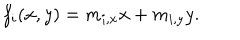
f _ { i } ( x , y ) = m _ { i , x } x + m _ { i , y } y .